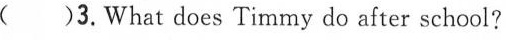
( )3.What does Timmy do after school?